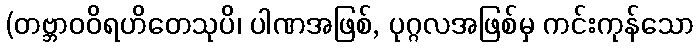
(တဗ္ဘာဝဝိရဟိတေသုပိ၊ ပါဏအဖြစ်, ပုဂ္ဂလအဖြစ်မှ ကင်းကုန်သော